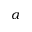
\alpha